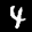
Label: 4